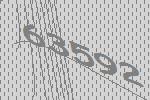
63592